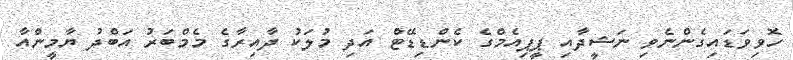
ހޮވިވަޑައިގެންނެވި ނަޝީދާއި ޕީޕިއެމްގެ ކެންޑިޑޭޓް އަދި މުލަކު ދާއިރާގެ މެމްބަރު އަބްދު ޔާމީންއާ